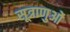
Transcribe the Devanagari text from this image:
सूत्राणुओं